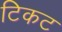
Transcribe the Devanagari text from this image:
टिकट